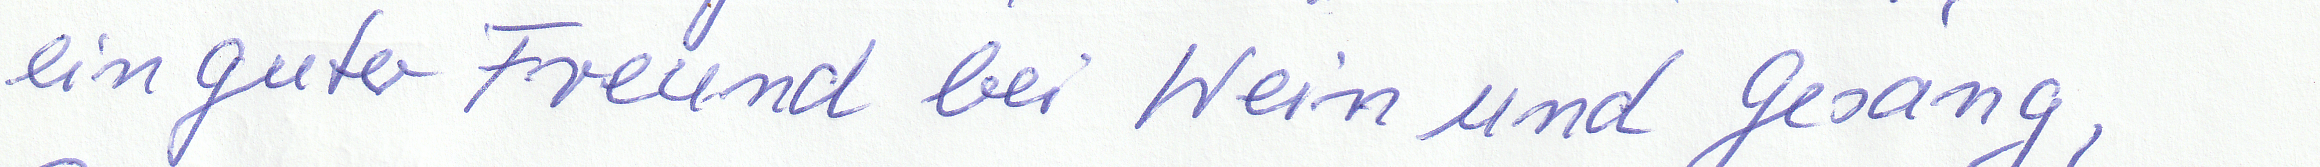
ein guter Freund bei Wein und Gesang,